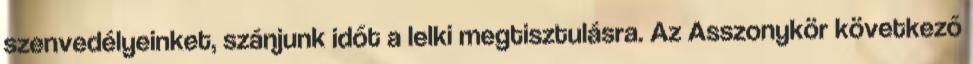
szenvedélyeinket, szánjunk időt a lelki megtisztulásra. Az Asszonykör következő